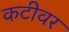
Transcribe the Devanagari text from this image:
कटीवर